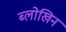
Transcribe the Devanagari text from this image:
ब्लोखिन